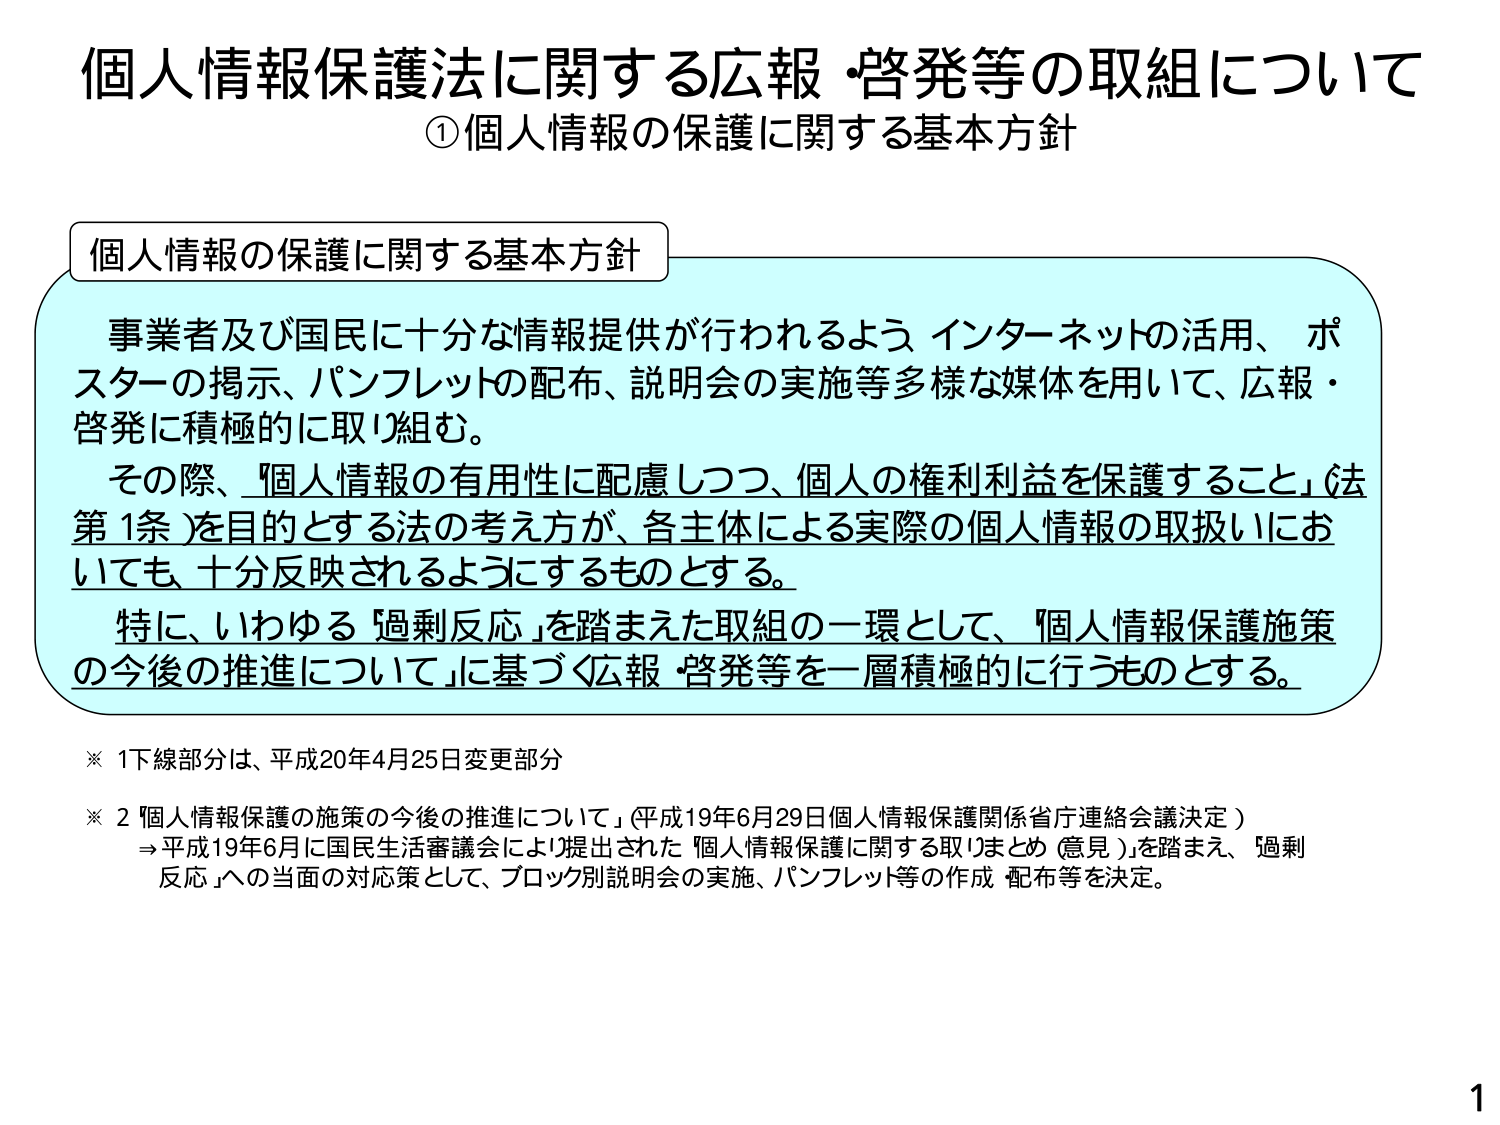
個人情報保護法に関する広報・啓発等の取組について
①個人情報の保護に関する基本方針

個人情報の保護に関する基本方針
事業者及び国民に十分な情報提供が行われるよう、インターネットの活用、ポスターの掲示、パンフレットの配布、説明会の実施等多様な媒体を用いて、広報・啓発に積極的に取り組む。
その際、「個人情報の有用性に配慮しつつ、個人の権利利益を保護すること」（法第1条）を目的とする法の考え方を、各主体による実際の個人情報の取扱いにおいても、十分反映されるようにするものとする。
特に、いわゆる「過剰反応」を踏まえた取組の一環として、「個人情報保護施策の今後の推進について」に基づく広報・啓発等を一層積極的に行うものとする。

※ 1 下線部分は、平成20年4月25日変更部分
※ 2 「個人情報保護の施策の今後の推進について」（平成19年6月29日個人情報保護関係省庁連絡会議決定）
⇒ 平成19年6月に国民生活審議会により提出された「個人情報保護に関する取りまとめ（意見）」を踏まえ、「過剰反応」への当面の対応策として、ブロック別説明会の実施、パンフレット等の作成・配布等を決定。

1